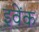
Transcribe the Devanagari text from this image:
इवेंक